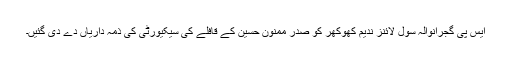
ایس پی گجرانوالہ سول لائنز ندیم کھوکھر کو صدر ممنون حسین کے قافلے کی سیکیورٹی کی ذمہ داریاں دے دی گئیں۔